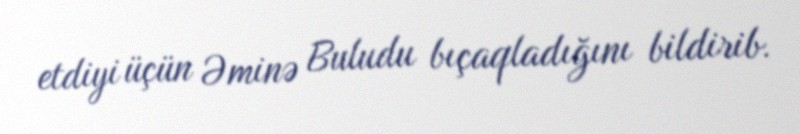
etdiyi üçün Əminə Buludu bıçaqladığını bildirib.